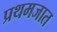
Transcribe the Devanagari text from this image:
प्रथमजात